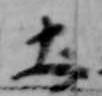
土